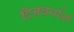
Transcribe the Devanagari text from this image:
दिनचर्याओं